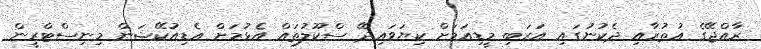
ރާއްޖޭގެ އުތުރާއި ދެކުނުގައި އަރަބި މީޑިއަމަށް ކިޔަވައިދޭ ސްކޫލުތައް އެޅުމަށް އެޑިއުކޭޝަން މިނިސްޓްރީން